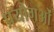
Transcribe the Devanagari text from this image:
प्रयोगओं